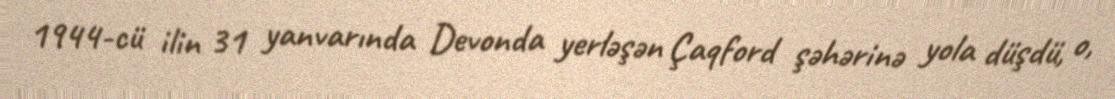
1944-cü ilin 31 yanvarında Devonda yerləşən Çaqford şəhərinə yola düşdü, o,